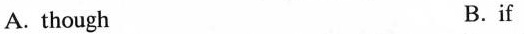
A. though B. if